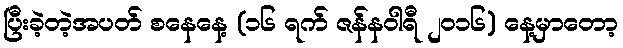
ပြီးခဲ့တဲ့အပတ် စနေနေ့ (၁၆ ရက် ဇန်နဝါရီ ၂၀၁၆) နေ့မှာတော့